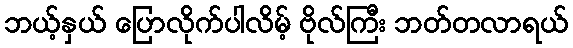
ဘယ့်နှယ် ပြောလိုက်ပါလိမ့် ဗိုလ်ကြီး ဘတ်တလာရယ်